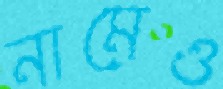
নামেও